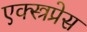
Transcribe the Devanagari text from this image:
एक्स्त्रप्रेस